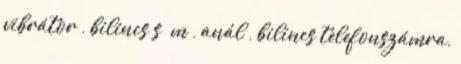
vibrátor , bilincs s m , anál , bilincs telefonszámra,